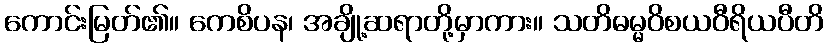
ကောင်းမြတ်၏။ ကေစိပန၊ အချို့ဆရာတို့မှာကား။ သတိဓမ္မဝိစယဝီရိယပီတိ